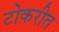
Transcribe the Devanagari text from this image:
टोकरीत